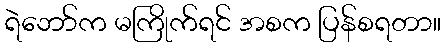
ရဲဘော်က မကြိုက်ရင် အစက ပြန်စရတာ။